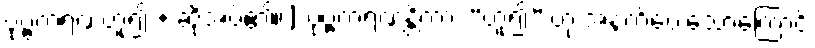
ပုဗ္ဗကရဏဟူ၍ + ဆိုအပ်၏။] ပုဗ္ဗကရဏန္တိကား “ဟူ၍” ဟု အနက်ပေးသောကြောင့်